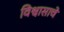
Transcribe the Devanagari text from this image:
विश्वासाचे